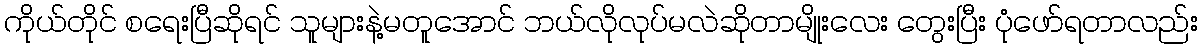
ကိုယ်တိုင် စရေးပြီဆိုရင် သူများနဲ့မတူအောင် ဘယ်လိုလုပ်မလဲဆိုတာမျိုးလေး တွေးပြီး ပုံဖော်ရတာလည်း